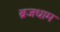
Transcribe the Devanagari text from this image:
ब्रजधाम